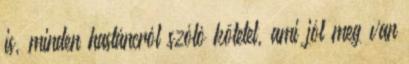
is, minden hastáncról szóló kötetet, ami jól meg van